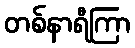
တစ်နာရီကြာ